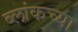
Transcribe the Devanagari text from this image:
ब्लांकच्या